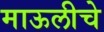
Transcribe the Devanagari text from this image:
माऊलीचे